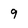
Character: 9